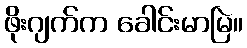
ဖိုးဂျက်က ခေါင်းမာမြဲ။